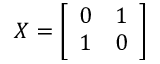
X = { \left[ \begin{array} { l l } { 0 } & { 1 } \\ { 1 } & { 0 } \end{array} \right] }